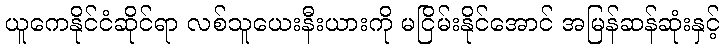
ယူကေနိုင်ငံဆိုင်ရာ လစ်သူယေးနီးယားကို မငြိမ်းနိုင်အောင် အမြန်ဆန်ဆုံးနှင့်